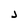
Character: j